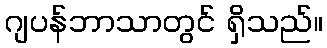
ဂျပန်ဘာသာတွင် ရှိသည်။